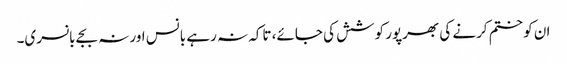
ان کو ختم کرنے کی بھرپور کوشش کی جائے، تاکہ نہ رہے بانس اور نہ بجے بانسری۔